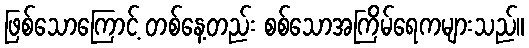
ဖြစ်သောကြောင့် တစ်နေ့တည်း စစ်သောအကြိမ်ရေကများသည်။